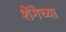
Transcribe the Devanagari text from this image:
शेंगेच्या